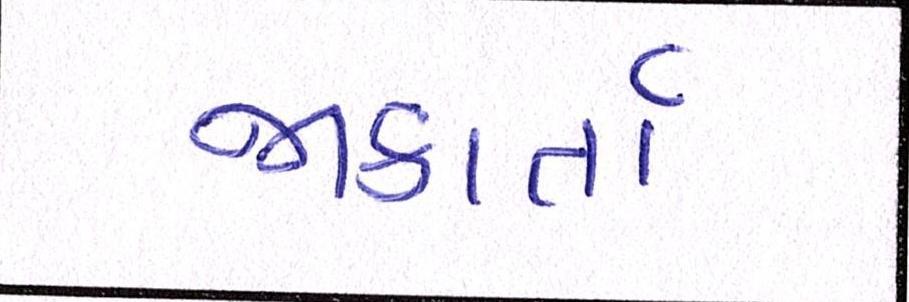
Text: જાકાર્તા